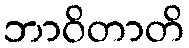
ဘာဝိတာတိ